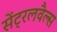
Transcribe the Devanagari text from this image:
सेंट्रलवैल्स